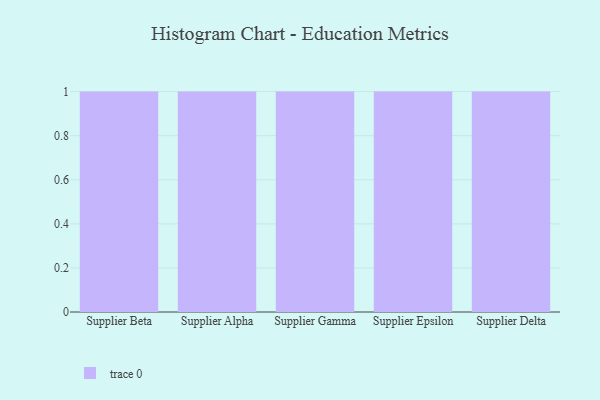
{"axis": {"x": "Supplier", "y": "Bounce Rate (%)"}, "legend": [""], "data": [{"x": "Supplier Beta", "y": 29, "type": ""}, {"x": "Supplier Alpha", "y": 71, "type": ""}, {"x": "Supplier Gamma", "y": 55, "type": ""}, {"x": "Supplier Epsilon", "y": 45, "type": ""}, {"x": "Supplier Delta", "y": 73, "type": ""}]}